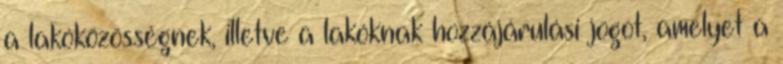
a lakóközösségnek, illetve a lakóknak hozzájárulási jogot, amelyet a